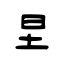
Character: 圼